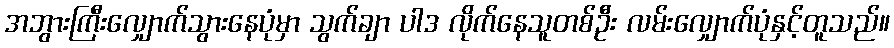
အဘွားကြီးလျှောက်သွားနေပုံမှာ သွက်ချာ ပါဒ လိုက်နေသူတစ်ဦး လမ်းလျှောက်ပုံနှင့်တူသည်။